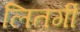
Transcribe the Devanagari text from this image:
लितर्गी